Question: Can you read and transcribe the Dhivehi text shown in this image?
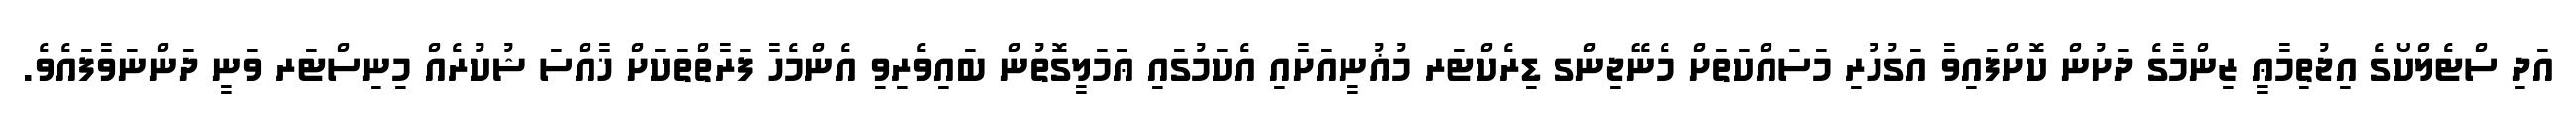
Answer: އަދި ސްޓެލްކޯގެ އިޖުތިމާޢީ ޒިންމާގެ ދަށުން ކޮށްފައިވާ އަގުހުރި މަސައްކަތަށް މެނޭޖިންގ ޑިރެކްޓަރ މުޣުނީއަށާއި އެކަމުގައި ޢަމަލީގޮތުން ބައިވެރިވި އެންމެހާ ފަރާތްތަކަށް ޚާއްސަ ޝުކުރެއް މިނިސްޓަރ ވަނީ ދަންނަވާފައެވެ.